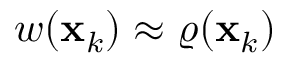
w ( \mathbf { x } _ { k } ) \approx \varrho ( \mathbf { x } _ { k } )